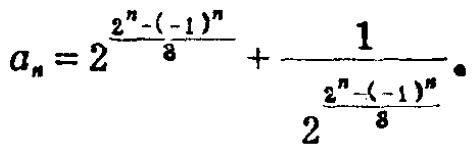
\(a_{n}=2^{\frac{2^{n}-(-1)^{n}}{8}}+\frac{1}{2^{\frac{2^{n}-(-1)^{n}}{8}}}\)